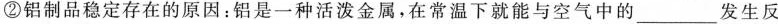
②铝制品稳定存在的原因：铝是一种活泼金属，在常温下就能与空气中的___发生反